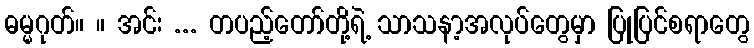
ဓမ္မဂုတ်။ ။ အင်း ... တပည့်တော်တို့ရဲ့ သာသနာ့အလုပ်တွေမှာ ပြုပြင်စရာတွေ